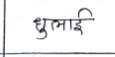
मजकूर: धुलाई